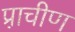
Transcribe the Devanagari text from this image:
प्रा़चीण